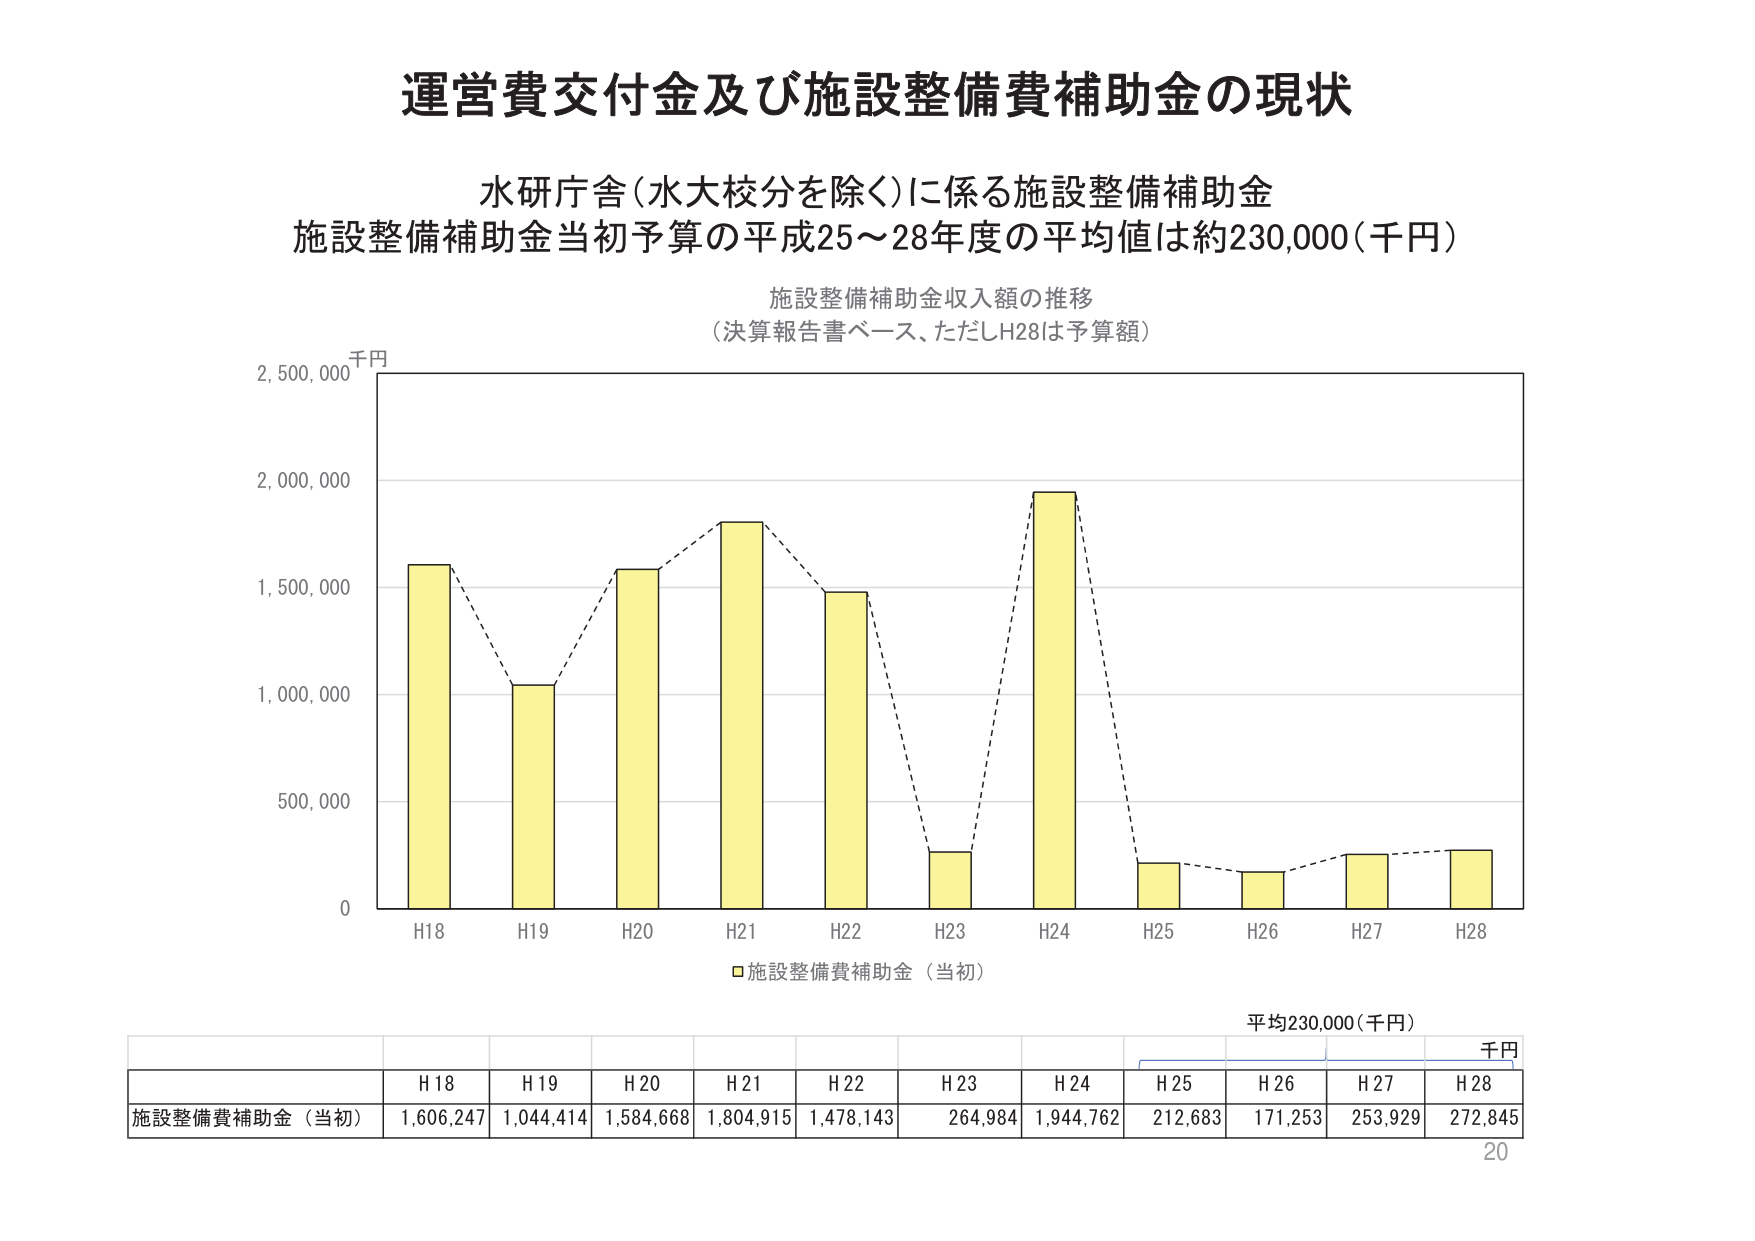
運営費交付金及び施設整備費補助金の現状

水研庁舎（水大校分を除く）に係る施設整備補助金
施設整備補助金当初予算の平成25～28年度の平均値は約230,000（千円）

施設整備補助金収入額の推移
（決算報告書ベース、ただしH28は予算額）

千円
2,500,000
2,000,000
1,500,000
1,000,000
500,000
0

H18　H19　H20　H21　H22　H23　H24　H25　H26　H27　H28

□施設整備費補助金（当初）

平均230,000（千円）

千円
H18　H19　H20　H21　H22　H23　H24　H25　H26　H27　H28
施設整備費補助金（当初）　1,606,247　1,044,414　1,584,668　1,804,915　1,478,143　264,984　1,944,762　212,683　171,253　253,929　272,845

20